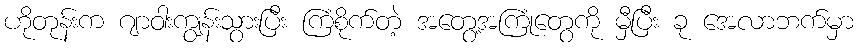
ဟိုတုန်းက ဂျာဝါးကျွန်းသွားပြီး ကြံစိုက်တဲ့ အတွေ့အကြုံတွေကို မှီပြီး ခု အေလာဘက်မှာ